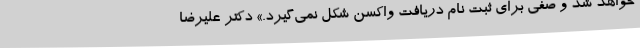
خواهد شد و صفی برای ثبت نام دریافت واکسن شکل نمی‌گیرد.» دکتر علیرضا